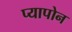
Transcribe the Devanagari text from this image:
प्यापोन